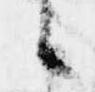
候